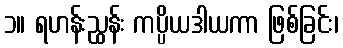
၁။ ရဟန်းညွှန်း ကပ္ပိယဒါယကာ ဖြစ်ခြင်း၊